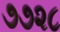
૭૭૨૮